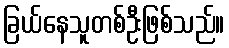
ခြယ်နေသူတစ်ဦးဖြစ်သည်။